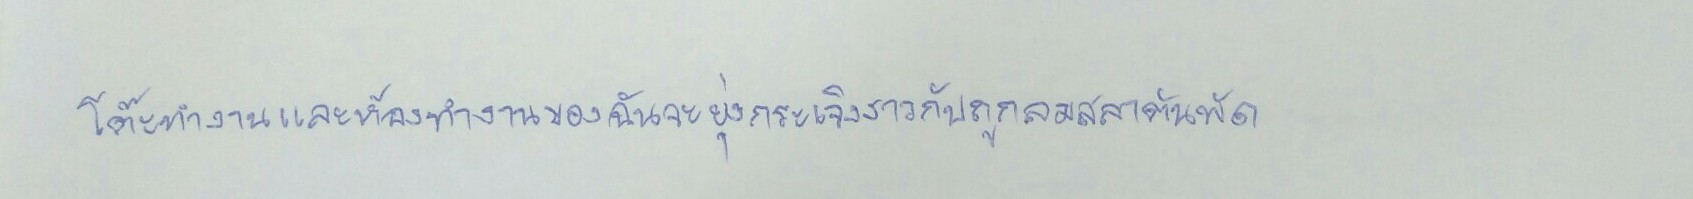
โต๊ะทำงานและห้องทำงานของฉันจะยุ่งกระเจิงราวกับถูกลมสลาตันพัด